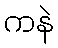
ကနဲ